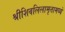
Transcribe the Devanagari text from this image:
श्रीशिवलिलामृतामध्ये